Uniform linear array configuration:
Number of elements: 64
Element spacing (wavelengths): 0.5
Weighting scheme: cosine
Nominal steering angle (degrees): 60
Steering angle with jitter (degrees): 59.355
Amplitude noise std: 0.05
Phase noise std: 0.05

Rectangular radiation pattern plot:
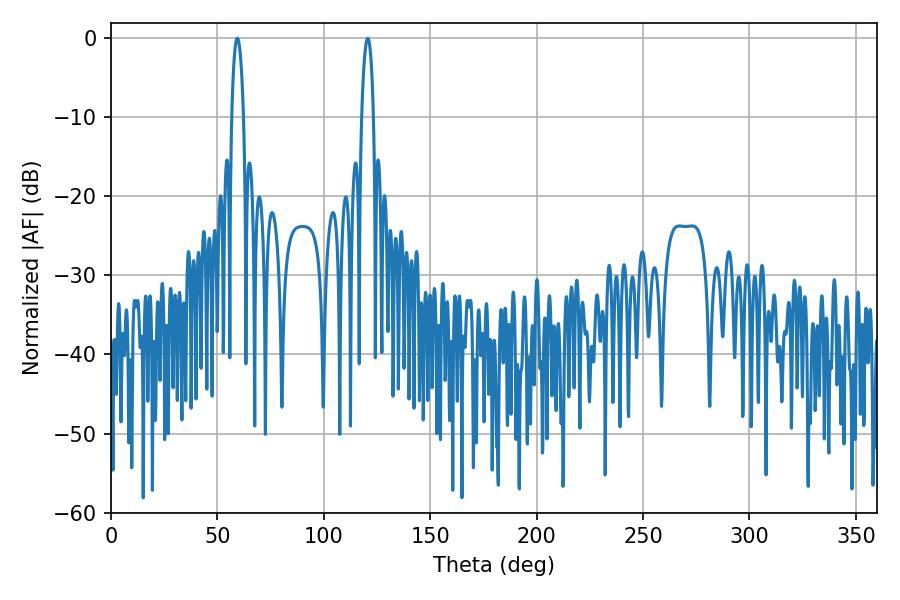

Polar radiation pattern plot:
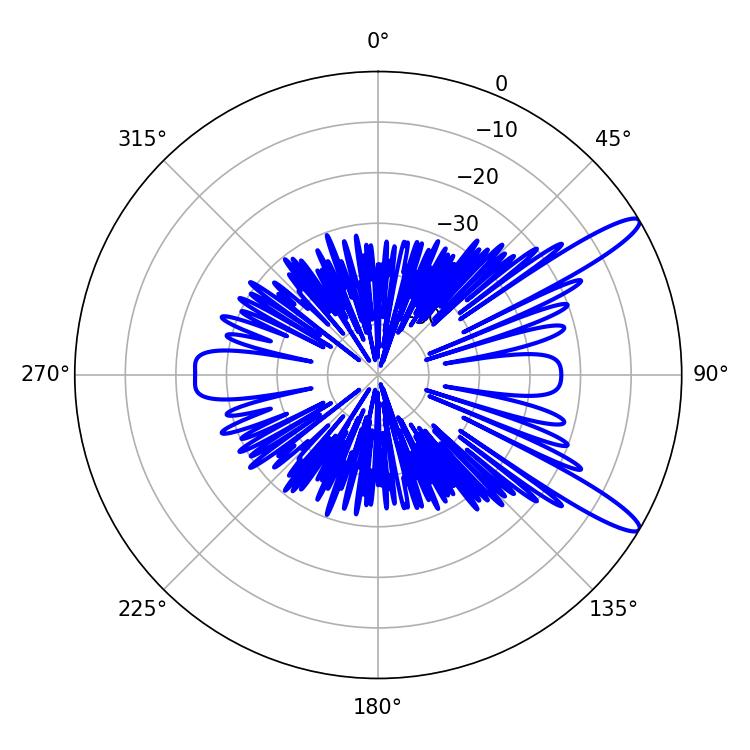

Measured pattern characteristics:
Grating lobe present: FALSE
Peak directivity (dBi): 12.788
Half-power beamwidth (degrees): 3.24
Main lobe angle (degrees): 59.4